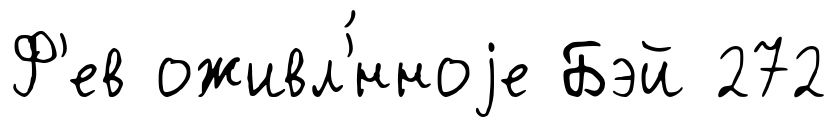
Ф'ев оживл'́нноjе Бэй 272